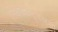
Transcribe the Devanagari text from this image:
स्थितीबद्दलचा